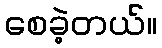
စေခဲ့တယ်။